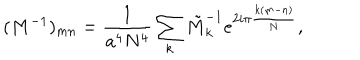
LaTeX: ( M ^ { - 1 } ) _ { m n } = \frac { 1 } { a ^ { 4 } N ^ { 4 } } \sum _ { k } \tilde { M } _ { k } ^ { - 1 } e ^ { 2 i { \pi } \frac { k ( m - n ) } { N } } ,